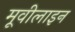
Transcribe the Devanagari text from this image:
मूवीलाइन